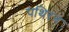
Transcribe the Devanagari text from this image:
पथिरन